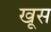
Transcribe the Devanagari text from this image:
खूस